Report on malaria in the Punjab during the year ...  together with an account of the work of the Punjab Malaria Bureau - Volume 6
Disease focus: Malaria
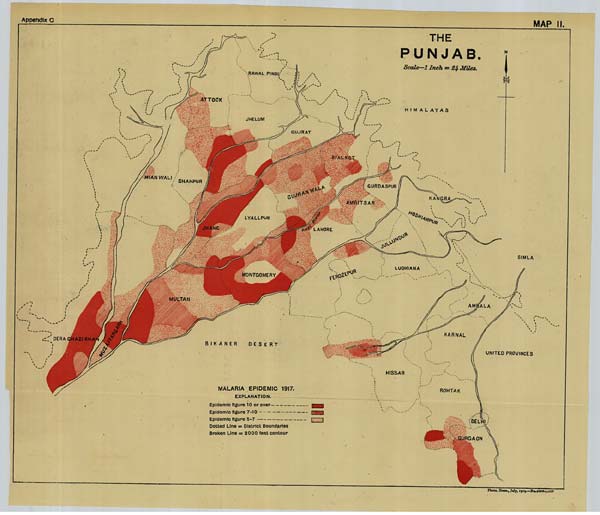
Appendix C
MAP II.
Photo. Zinco, July, 1919.—No.5263-1-359